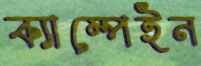
ক্যাম্পেইন